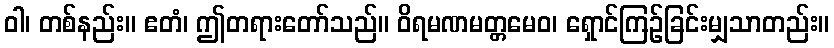
ဝါ၊ တစ်နည်း။ ဧတံ၊ ဤတရားတော်သည်။ ဝိရမဏမတ္တမေဝ၊ ရှောင်ကြဉ်ခြင်းမျှသာတည်း။